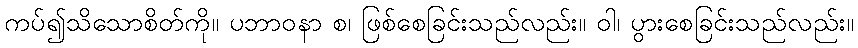
ကပ်၍သိသောစိတ်ကို။ ပဘာဝနာ စ၊ ဖြစ်စေခြင်းသည်လည်း။ ဝါ၊ ပွားစေခြင်းသည်လည်း။